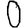
Digit: 0